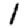
Digit: 1